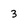
Character: 3